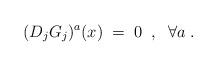
LaTeX: \begin{align*}(D_j G_j)^a (x) \;=\; 0 \;\;,\;\; \forall a \;.\end{align*}